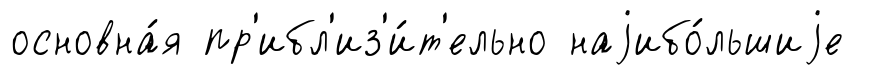
основна́я пр'ибл'из'и́т'ельно наjибо́льшиjе